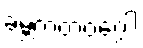
ခမ္ဘကတဝဂ္ဂေါ